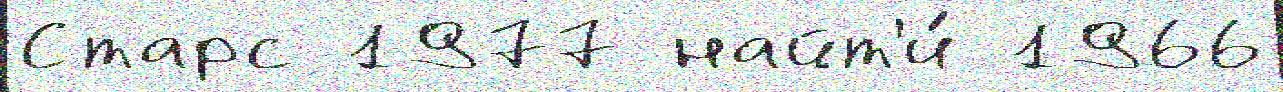
Старс 1977 найт'и́ 1966